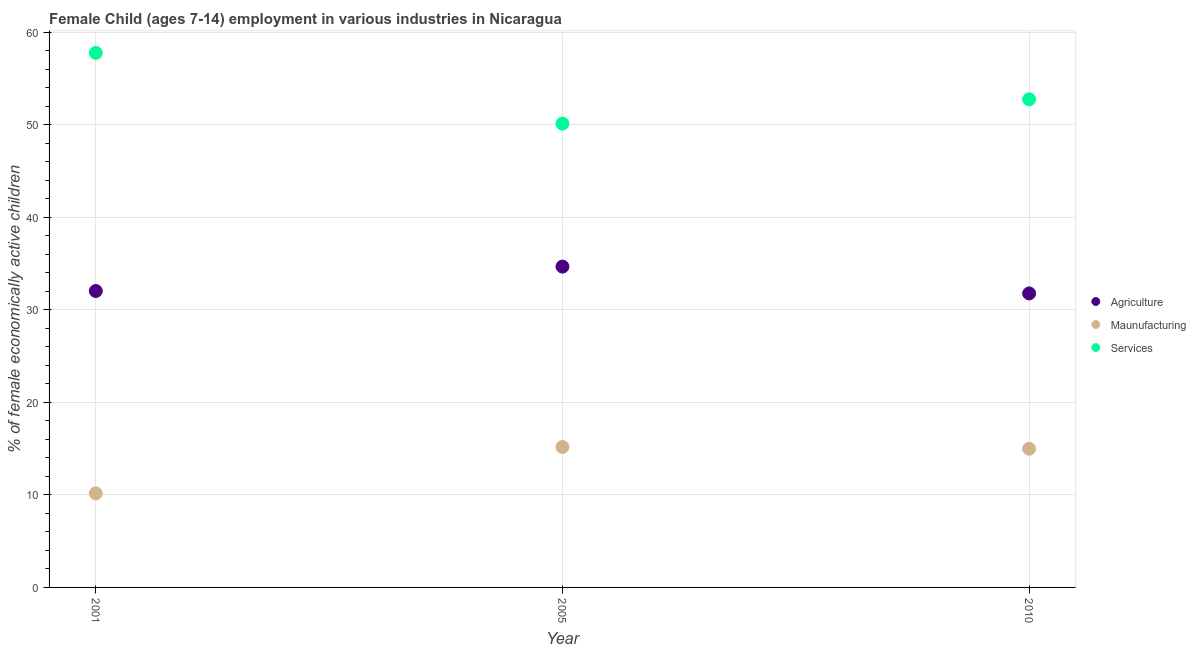
| Year | Agriculture | Maunufacturing | Services |
 | --- | --- | --- | --- |
 | 2001 | 32 | 10.2 | 57.8 |
 | 2005 | 34.7 | 15.2 | 50.1 |
 | 2010 | 31.8 | 15 | 52.8 |